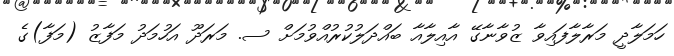
ހަމަލާދީ މަރާލާފައިވާ ޒުވާނާގޭ އާއިލާއާ ބައްދަލުކުރުއްވުމަށް ސ. މަރަދޫ އަހުމަދު މަފާޒު (މަފާ)ގެ